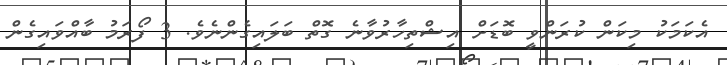
އެކަމަކު މިކަން ކުރަންވީ ބޮޑަށް އިޝްތިހާރުވާނެ ގޮތް ބަލައިގެންނެވެ. 3 ފޯރަމު ބާއްވައިގެން